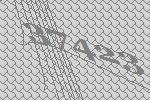
37423